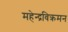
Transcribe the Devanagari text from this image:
महेन्द्रविक्रमन